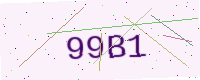
Text: 99B1